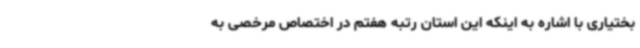
بختیاری با اشاره به اینکه این استان رتبه هفتم در اختصاص مرخصی به